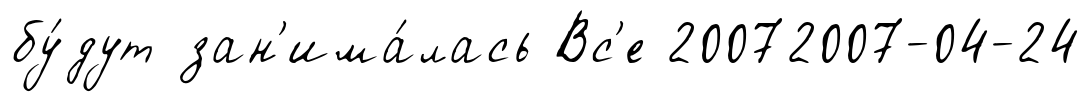
бу́дут зан'има́лась Вс'е 20072007-04-24